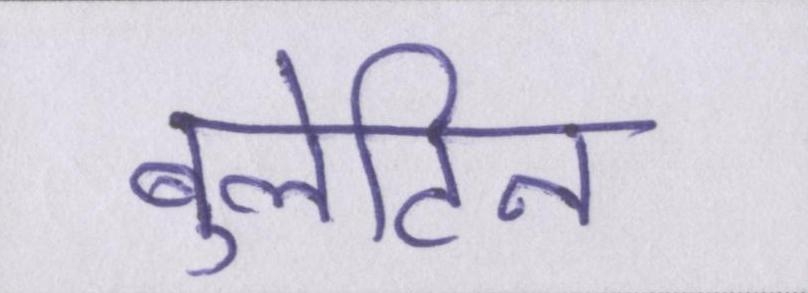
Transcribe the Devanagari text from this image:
बुलेटिन